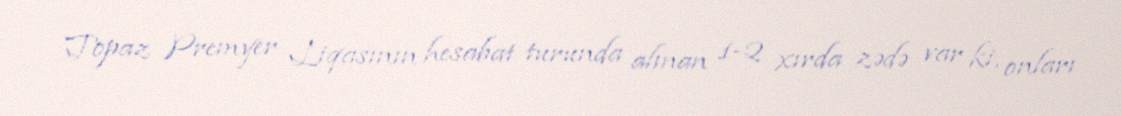
Topaz Premyer Liqasının hesabat turunda alınan 1-2 xırda zədə var ki, onları